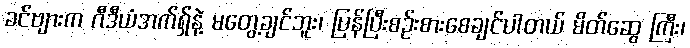
ခင်ဗျားက ဂီဒီယံအက်ရှ်နဲ့ မတွေ့ချင်ဘူး၊ ပြန်ပြီးစဉ်းစားစေချင်ပါတယ် မိတ်ဆွေ ကြီး၊